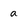
Character: a